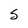
Character: s